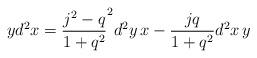
LaTeX: \begin{align*}yd^2x=\frac{j^2-q}{1+q^2}^2d^2y\, x-\frac{jq}{1+q^2}d^2x\, y\end{align*}